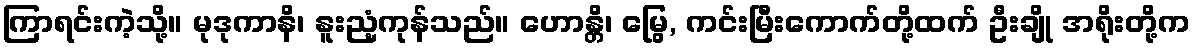
ကြာရင်းကဲ့သို့။ မုဒုကာနိ၊ နူးညံ့ကုန်သည်။ ဟောန္တိ၊ မြွေ, ကင်းမြီးကောက်တို့ထက် ဦးချို အရိုးတို့က